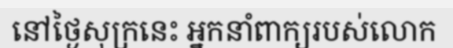
នៅថ្ងៃសុក្រនេះ អ្នកនាំពាក្យរបស់លោក